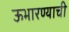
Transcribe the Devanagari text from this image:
ऊभारण्याची